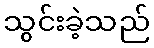
သွင်းခဲ့သည်